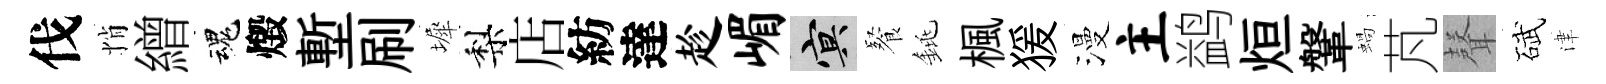
伐悄繒魂燬塹刷墀梨店紡達趁嵋冥餐銚楓猨漫主鹢烜鞶蝸芃𮋻碔津